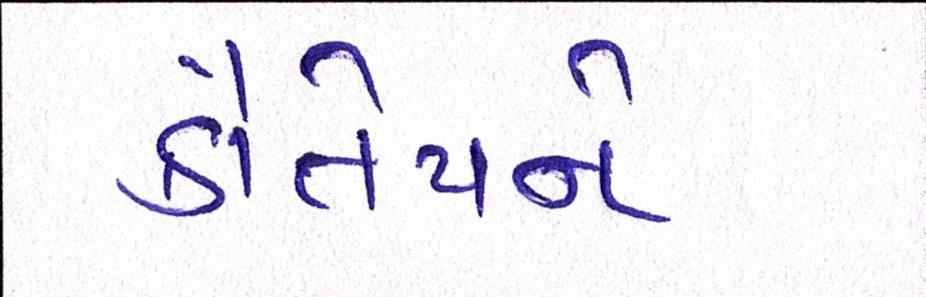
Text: કૌંતેયને